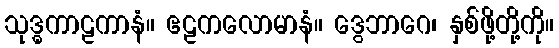
သုဒ္ဓကာဠကာနံ။ ဧဠကလောမာနံ။ ဒွေဘာဂေ၊ နှစ်ဖို့တို့ကို။